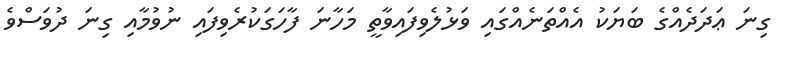
ގިނަ ޢަދަދެއްގެ ބަޔަކު އެއްތަނެއްގައި ވަޅުލެވިފައިވާތީ މަހާނަ ފާހަގަކުރެވިފައި ނުވުމާއި ގިނަ ދުވަސްވެ